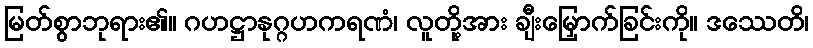
မြတ်စွာဘုရား၏။ ဂဟဋ္ဌာနုဂ္ဂဟကရဏံ၊ လူတို့အား ချီးမြှောက်ခြင်းကို။ ဒဿေတိ၊